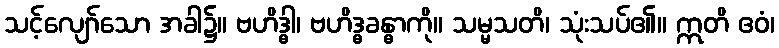
သင့်လျော်သော အခါ၌။ ဗဟိဒ္ဓါ၊ ဗဟိဒ္ဓခန္ဓာကို။ သမ္မသတိ၊ သုံးသပ်၏။ ဣတိ ဧဝံ၊